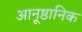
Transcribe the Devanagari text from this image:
आनूष्ठानिक